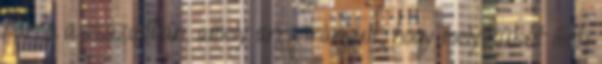
harca a században, amely arra irányult, hogy melyiküket illeti